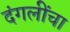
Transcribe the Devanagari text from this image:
दंगलींचा